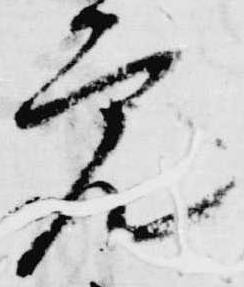
覚